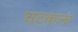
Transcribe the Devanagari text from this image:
घटकाना